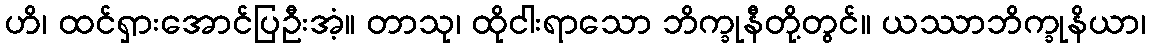
ဟိ၊ ထင်ရှားအောင်ပြဦးအံ့။ တာသု၊ ထိုငါးရာသော ဘိက္ခုနီတို့တွင်။ ယဿာဘိက္ခုနိယာ၊